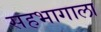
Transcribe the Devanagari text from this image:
सहभागाला